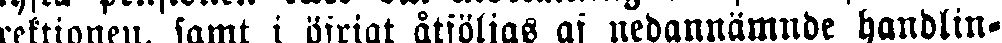
rektionen, samt i öfrigt åtföljas af nedannämnde handlin-